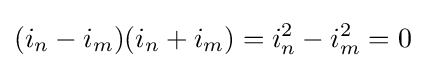
(i_{n}-i_{m})(i_{n}+i_{m})=i_{n}^{2}-i_{m}^{2}=0